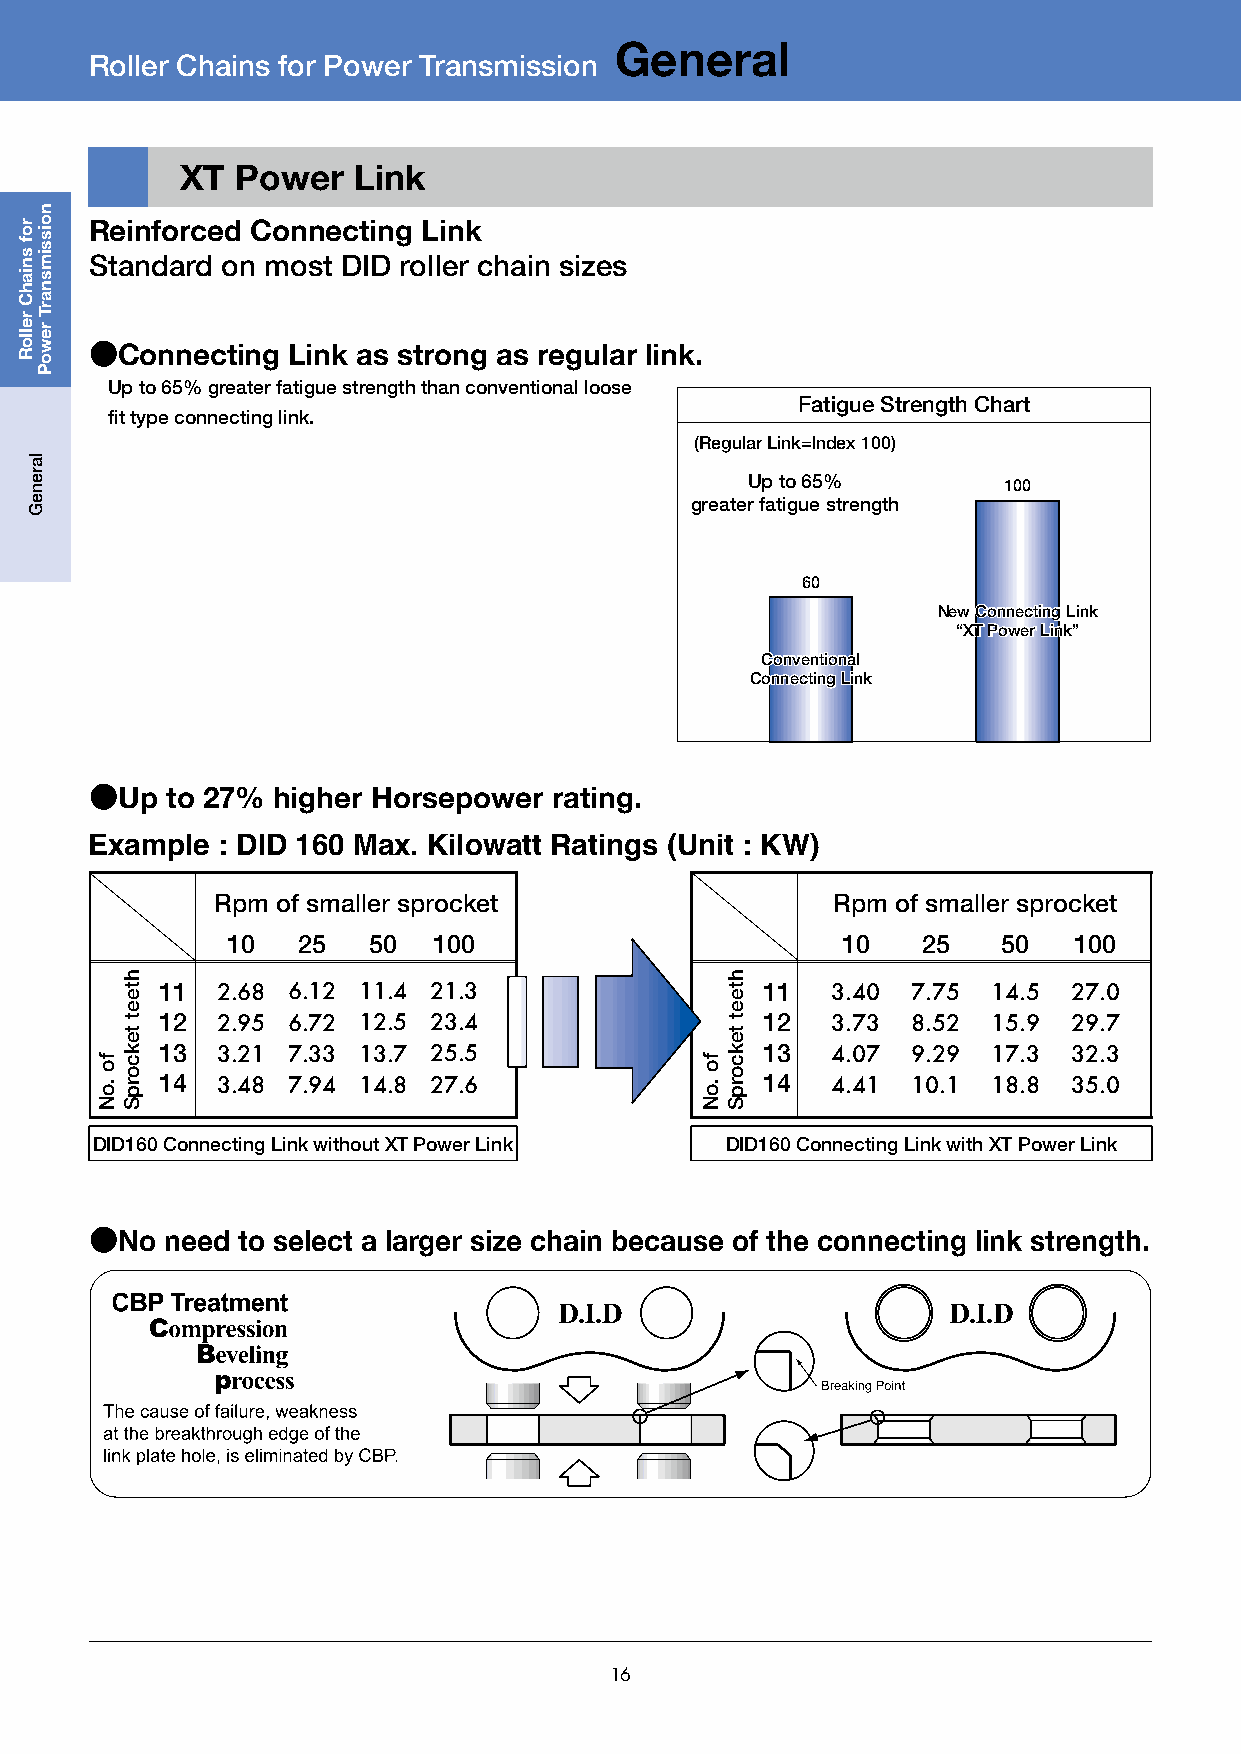
General
 Roller Chains for Power Transmission
 XT  Power  Link
 Reinforced Connecting Link
 Standard on most DID roller chain sizes
 ●Connecting  Link as strong as regular link.
 Up to 65% greater fatigue strength than conventional loose
 Fatigue Strength Chart
 fit type connecting link.
 (Regular Link=lndex 100)
 Up to 65%        100
 greater fatigue strength
 60
 New Connecting Link
 “XT Power Link”
 Conventional
 Connecting Link
 ●Up  to 27% higher Horsepower  rating.
 Example : DID 160 Max. Kilowatt Ratings (Unit : KW)
 Rpm of smaller sprocket                  Rpm of smaller sprocket
 10   25  50   100                        10   25   50   100
 11 2.68 6.12 11.4 21.3                 11   3.40 7.75  14.5 27.0
 12 2.95 6.72 12.5 23.4                 12   3.73 8.52  15.9 29.7
 13 3.21 7.33 13.7 25.5                 13   4.07 9.29  17.3 32.3
 14 3.48 7.94 14.8 27.6                 14   4.41 10.1  18.8 35.0
 DID160 Connecting Link without XT Power Link DID160 Connecting Link with XT Power Link
 ●No  need to select a larger size chain because of the connecting link strength.
 16
 rof
 sniahC
 relloR
 lareneG
 noissimsnarT
 rewoP
 fo
 .oN
 hteet
 tekcorpS
 fo
 .oN
 hteet
 tekcorpS